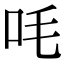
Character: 㕰